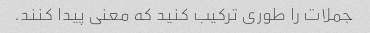
جملات را طوری ترکیب کنید که معنی پیدا کنند.